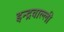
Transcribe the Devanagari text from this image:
इन्द्रवाल्ली